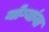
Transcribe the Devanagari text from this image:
योग्यांना